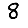
Digit: 8